Note on the mental hospitals in Burma - 1925-1940
Year: 1925
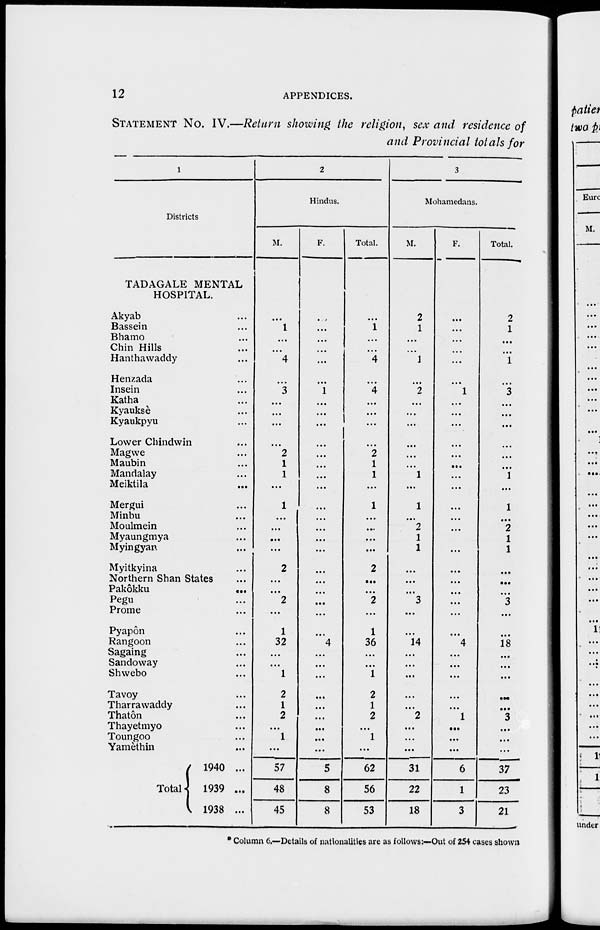
12
APPENDICES.
STATEMENT No. IV.—Return showing the religion, sex and residence of
and Provincial totals for
1
Districts.
TADAGALE MENTAL
HOSPITAL.
Akyab ...
Bassein ...
Bhamo ...
Chin Hills ...
Hanthawaddy ...
Henzada ...
Insein ...
Katha ...
Kyauksè ...
Kyaukpyu ...
Lower Chindwin ...
Magwe ...
Maubin ...
Mandalay ...
Meiktila ...
Mergui ...
Minbu ...
Moulmein ...
Myaungmya ...
Myingyan ...
Myitkyina ...
Northern Shan States ...
Pakôkku
...
Pegu ...
Prome ...
Pyapôn ...
Rangoon ...
Sagaing ...
Sandoway ...
Shwebo ...
Tavoy ...
Tharrawaddy ...
Thatôn ...
Thayetmyo ...
Toungoo ...
Yamèthin ...
Total
1940 ...
1939 ...
1938 ...
2
Hindus.
M.
...
1
...
...
4
...
3
...
...
...
...
2
1
1
...
1
...
...
...
...
2
...
...
2
...
1
32
...
...
1
2
1
2
...
1
...
57
48
45
F.
...
...
...
...
...
...
1
...
...
...
...
...
...
...
...
...
...
...
...
...
...
...
...
...
...
...
4
...
...
...
...
...
...
...
...
...
5
8
8
Total.
...
1
...
...
4
...
4
...
...
...
...
2
1
1
...
1
...
...
...
...
2
...
...
2
...
1
36
...
...
1
2
1
2
...
1
...
62
56
53
3
Mohamedans.
M.
2
1
...
...
1
...
2
...
...
...
...
...
...
1
...
1
...
2
1
1
...
...
...
3
...
...
14
...
...
...
...
...
2
...
...
...
31
22
18
F.
...
...
...
...
...
...
1
...
...
...
...
...
...
...
...
...
...
...
...
...
...
...
...
...
...
...
4
...
...
...
...
...
1
...
...
...
6
1
3
Total.
2
1
...
...
1
...
3
...
...
...
...
...
...
1
...
1
...
2
1
1
...
...
...
3
...
...
18
...
...
...
...
...
3
...
...
...
37
23
21
* Column 6.—Details of nationalities are as follows:—Out of 254 cases shown